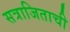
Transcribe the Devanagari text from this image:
सत्राजिताची